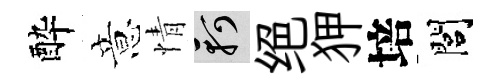
酔意情軻绝狎培閭